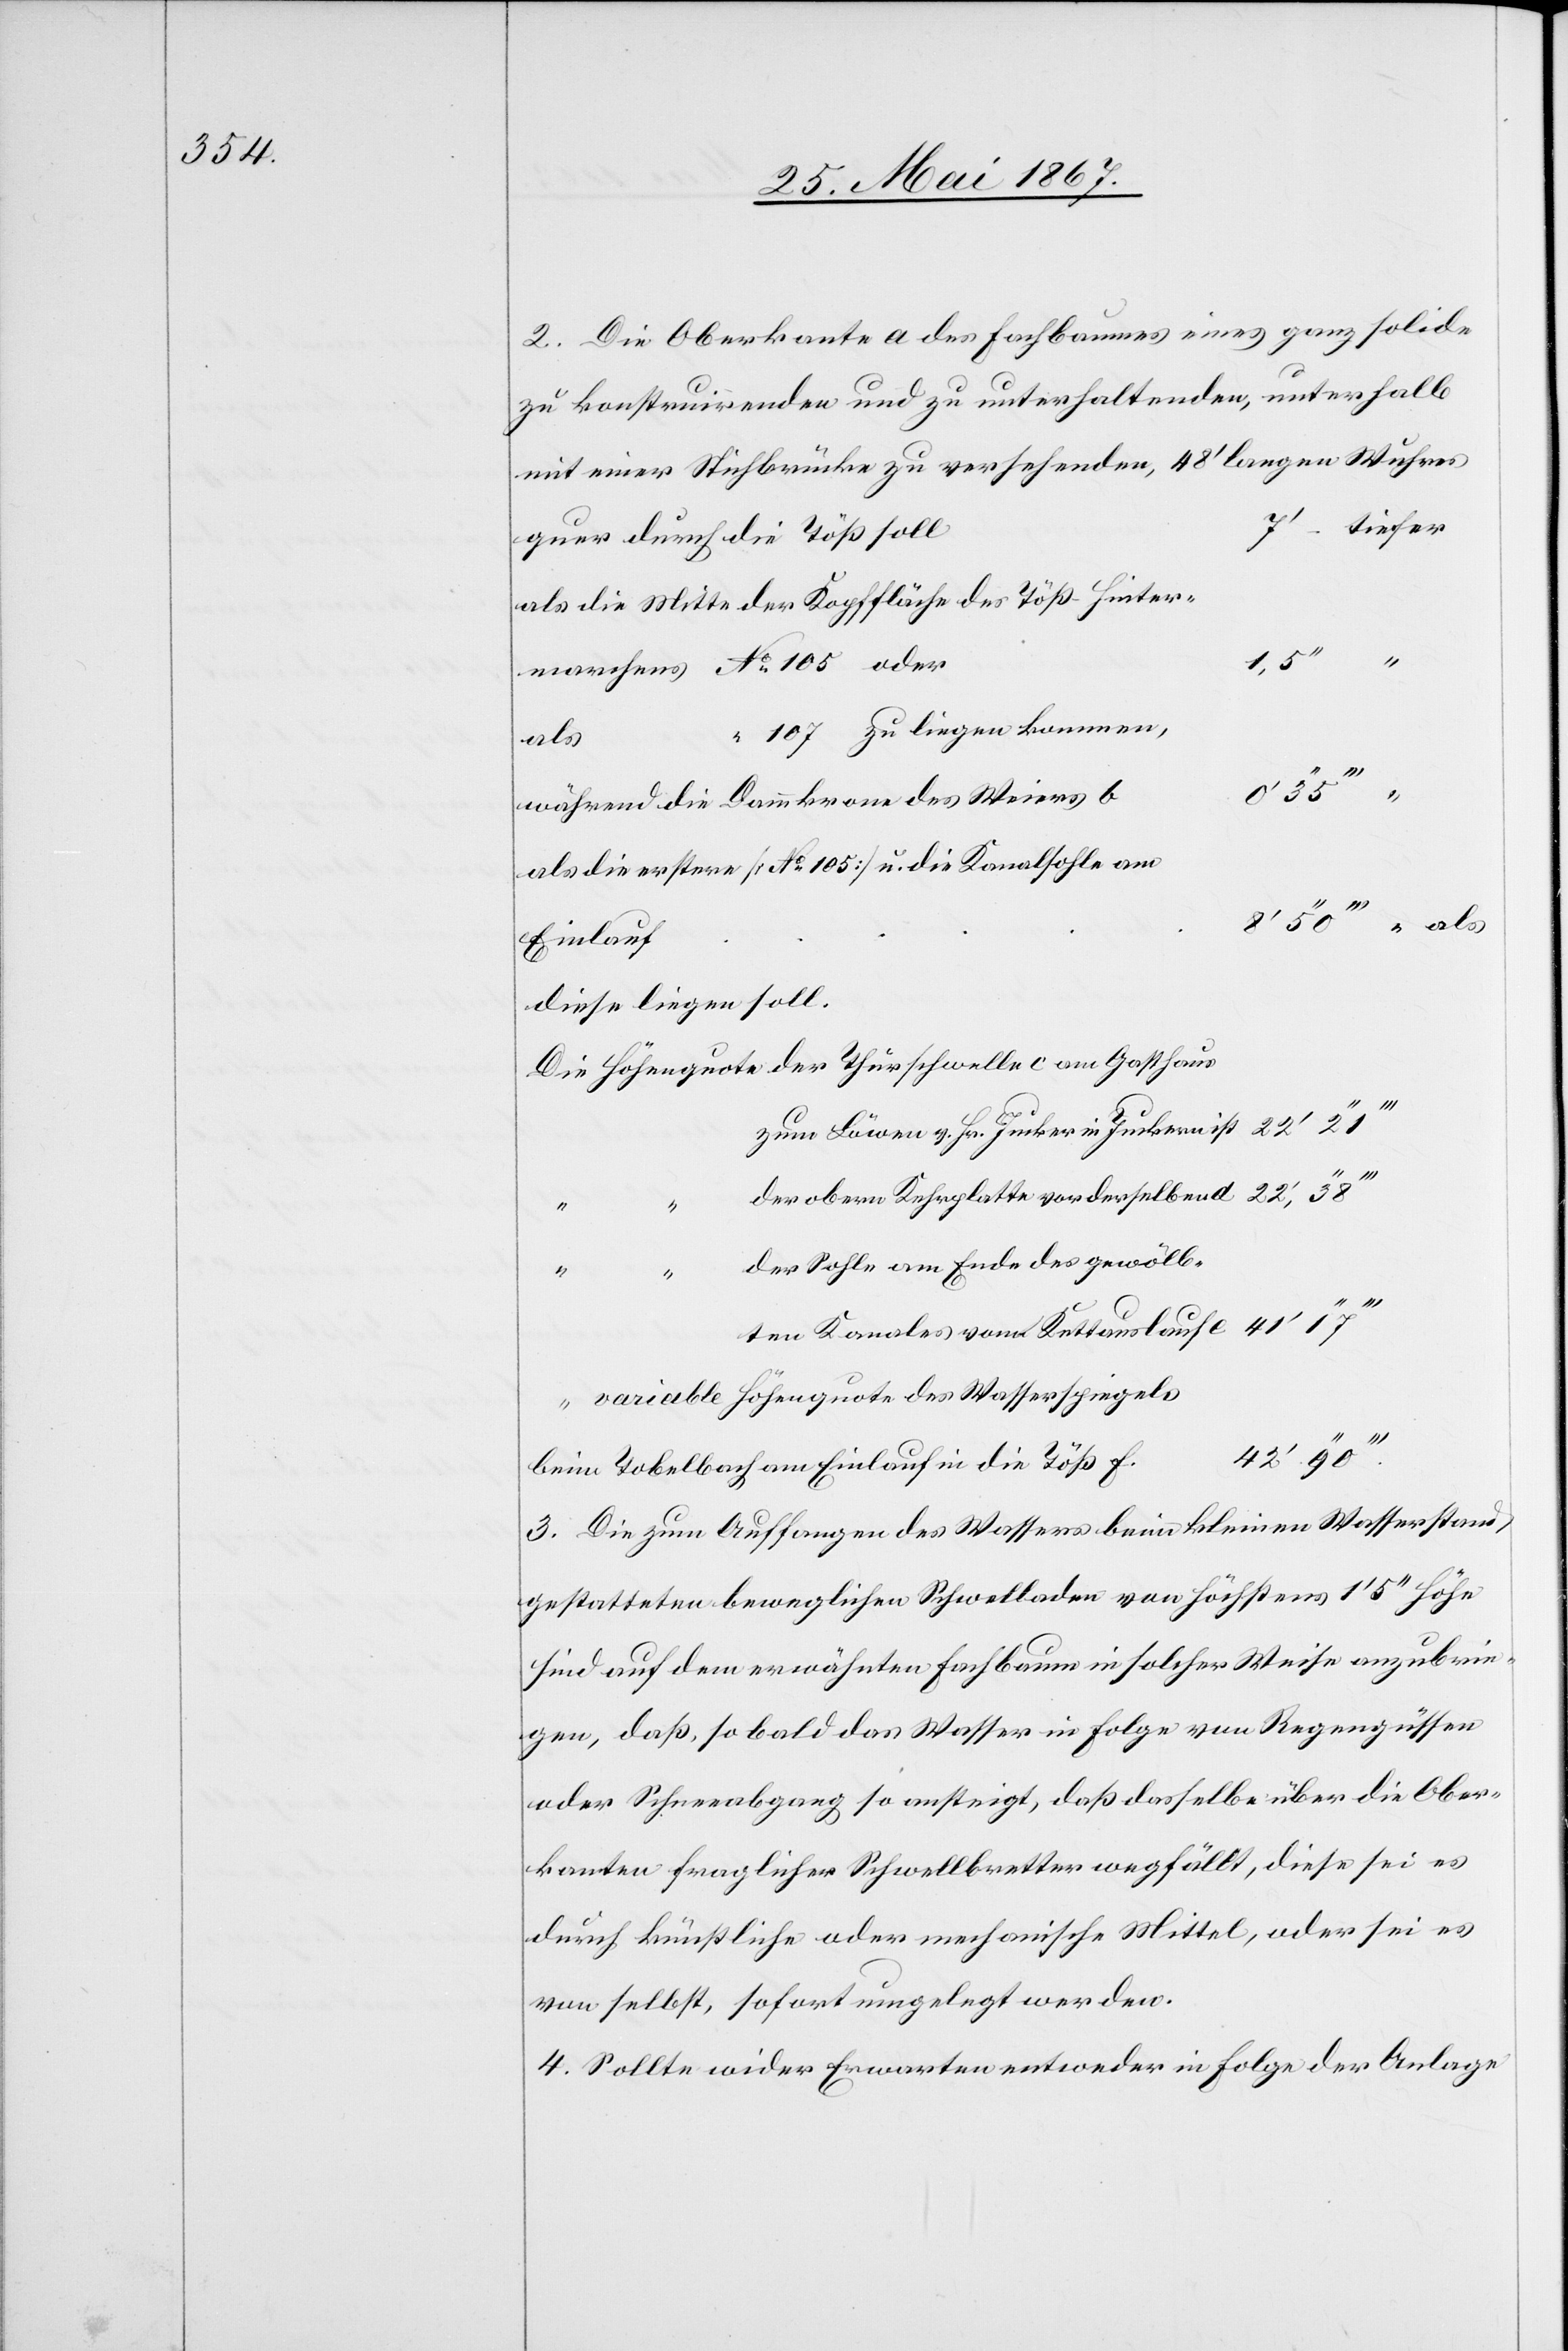
2. Die Oberkante a des Fachbaumes eines ganz solide
zu konstruirenden und zu unterhaltenden, unterhalb
mit einer Stichbrücke zu versehenden, 48’ langen Wuhres
107 zu liegen kommen,
ales
während die Dammkrone des Weiers
als die erstere [No. 105] u. die Kanalsohle am
diese liegen soll.
Die Höhenquote 	der Thürschwelle c am Gasthaus
zum Löwen v. Hr. Jucker in Junkern ist
er obern Kehrplatte vor derselben
laufe
er Sohle am Ende des gewölb¬
von
a
3. Die zum Auffangen des Wassers beim kleinen Wasserstand
gestatteten beweglichen Schwelladen von höchstens 1’ 5’’ Höhe
sind auf dem erwähnten Fachbaum in solcher Weise anzubrin¬
gen, daß so bald das Wasser in Folge von Regengüssen
oder Schneeabgang so ansteigt, daß dasselbe über die Ober¬
kanten fraglicher Schwellbretter wegfällt, diese sei es
durch künstliche oder mechanische Mittel, oder sei es
von selbst, sofort umgelegt werden.
4. Sollte wider Erwarten entweder in Folge der Anlage